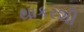
થાકરશી